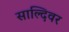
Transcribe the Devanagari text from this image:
साल्दिवर